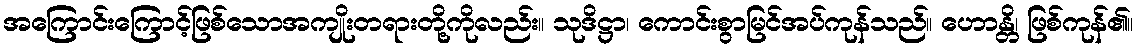
အကြောင်းကြောင့်ဖြစ်သောအကျိုးတရားတို့ကိုလည်း။ သုဒိဋ္ဌာ၊ ကောင်းစွာမြင်အပ်ကုန်သည်။ ဟောန္တိ၊ ဖြစ်ကုန်၏။